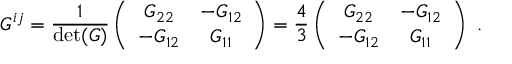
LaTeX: G ^ { i j } = { \frac { 1 } { \operatorname * { d e t } ( G ) } } \left( \begin{array} { c c } { { G _ { 2 2 } } } & { { - G _ { 1 2 } } } \\ { { - G _ { 1 2 } } } & { { G _ { 1 1 } } } \end{array} \right) = { \frac { 4 } { 3 } } \left( \begin{array} { c c } { { G _ { 2 2 } } } & { { - G _ { 1 2 } } } \\ { { - G _ { 1 2 } } } & { { G _ { 1 1 } } } \end{array} \right) ~ .